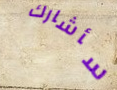
سأشارك